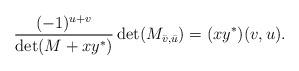
LaTeX: \begin{align*} \frac{(-1)^{u+v}}{\det(M+xy^*)}\det (M_{\bar{v},\bar{u}})=(xy^*)(v,u). \end{align*}